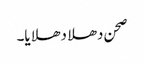
صحن دھلا دھلایا۔